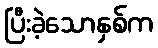
ပြီးခဲ့သောနှစ်က